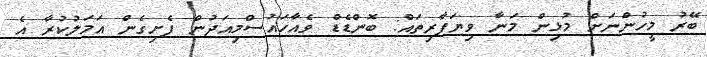
ބޭރު މީހުންނަށް މުޅިން މަނާ ވިޔަފާރިތައް: ބޮޮންޑެޑް ވެއާހައުސްމިއަދުން ފެށިގެން އަމަލުކުރާ އެ